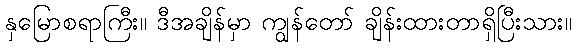
နှမြောစရာကြီး။ ဒီအချိန်မှာ ကျွန်တော် ချိန်းထားတာရှိပြီးသား။